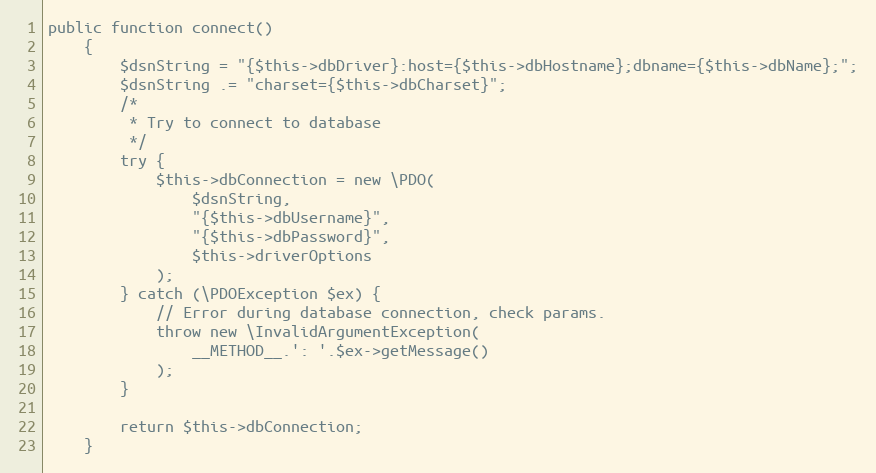
Language: PHP
public function connect()
    {
        $dsnString = "{$this->dbDriver}:host={$this->dbHostname};dbname={$this->dbName};";
        $dsnString .= "charset={$this->dbCharset}";
        /*
         * Try to connect to database
         */
        try {
            $this->dbConnection = new \PDO(
                $dsnString,
                "{$this->dbUsername}",
                "{$this->dbPassword}",
                $this->driverOptions
            );
        } catch (\PDOException $ex) {
            // Error during database connection, check params.
            throw new \InvalidArgumentException(
                __METHOD__.': '.$ex->getMessage()
            );
        }

        return $this->dbConnection;
    }